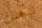
نحن